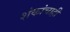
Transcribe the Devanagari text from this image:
शंकांचाही